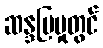
ဆန္ဒပြမှုတွင်